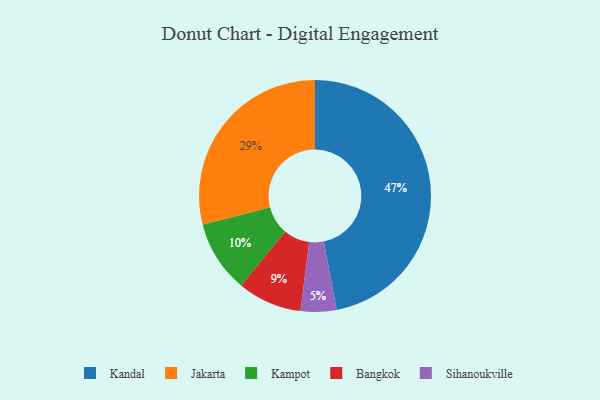
{"axis": {"x": "Category", "y": "Percentage"}, "legend": ["Bangkok", "Jakarta", "Kampot", "Kandal", "Sihanoukville"], "data": [{"x": "Kandal", "y": 47, "type": "Kandal"}, {"x": "Bangkok", "y": 9, "type": "Bangkok"}, {"x": "Jakarta", "y": 29, "type": "Jakarta"}, {"x": "Kampot", "y": 10, "type": "Kampot"}, {"x": "Sihanoukville", "y": 5, "type": "Sihanoukville"}]}